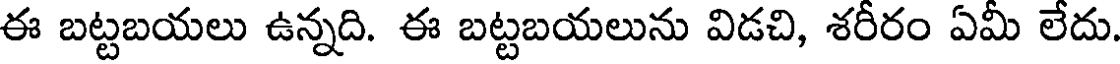
ఈ బట్టబయలు ఉన్నది. ఈ బట్టబయలును విడచి, శరీరం ఏమీ లేదు.